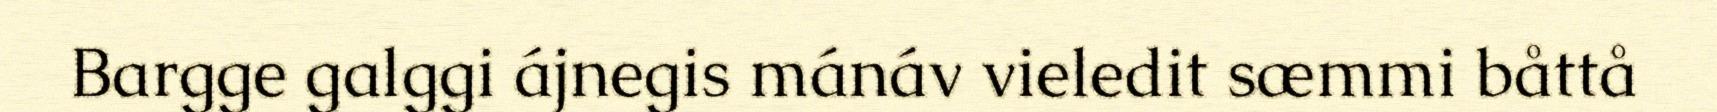
Bargge galggi ájnegis mánáv vieledit sæmmi båttå